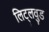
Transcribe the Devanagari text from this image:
लिट्लवुड